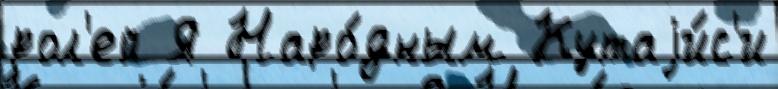
рол'ей Я Наро́дным Кутаjи́с'и